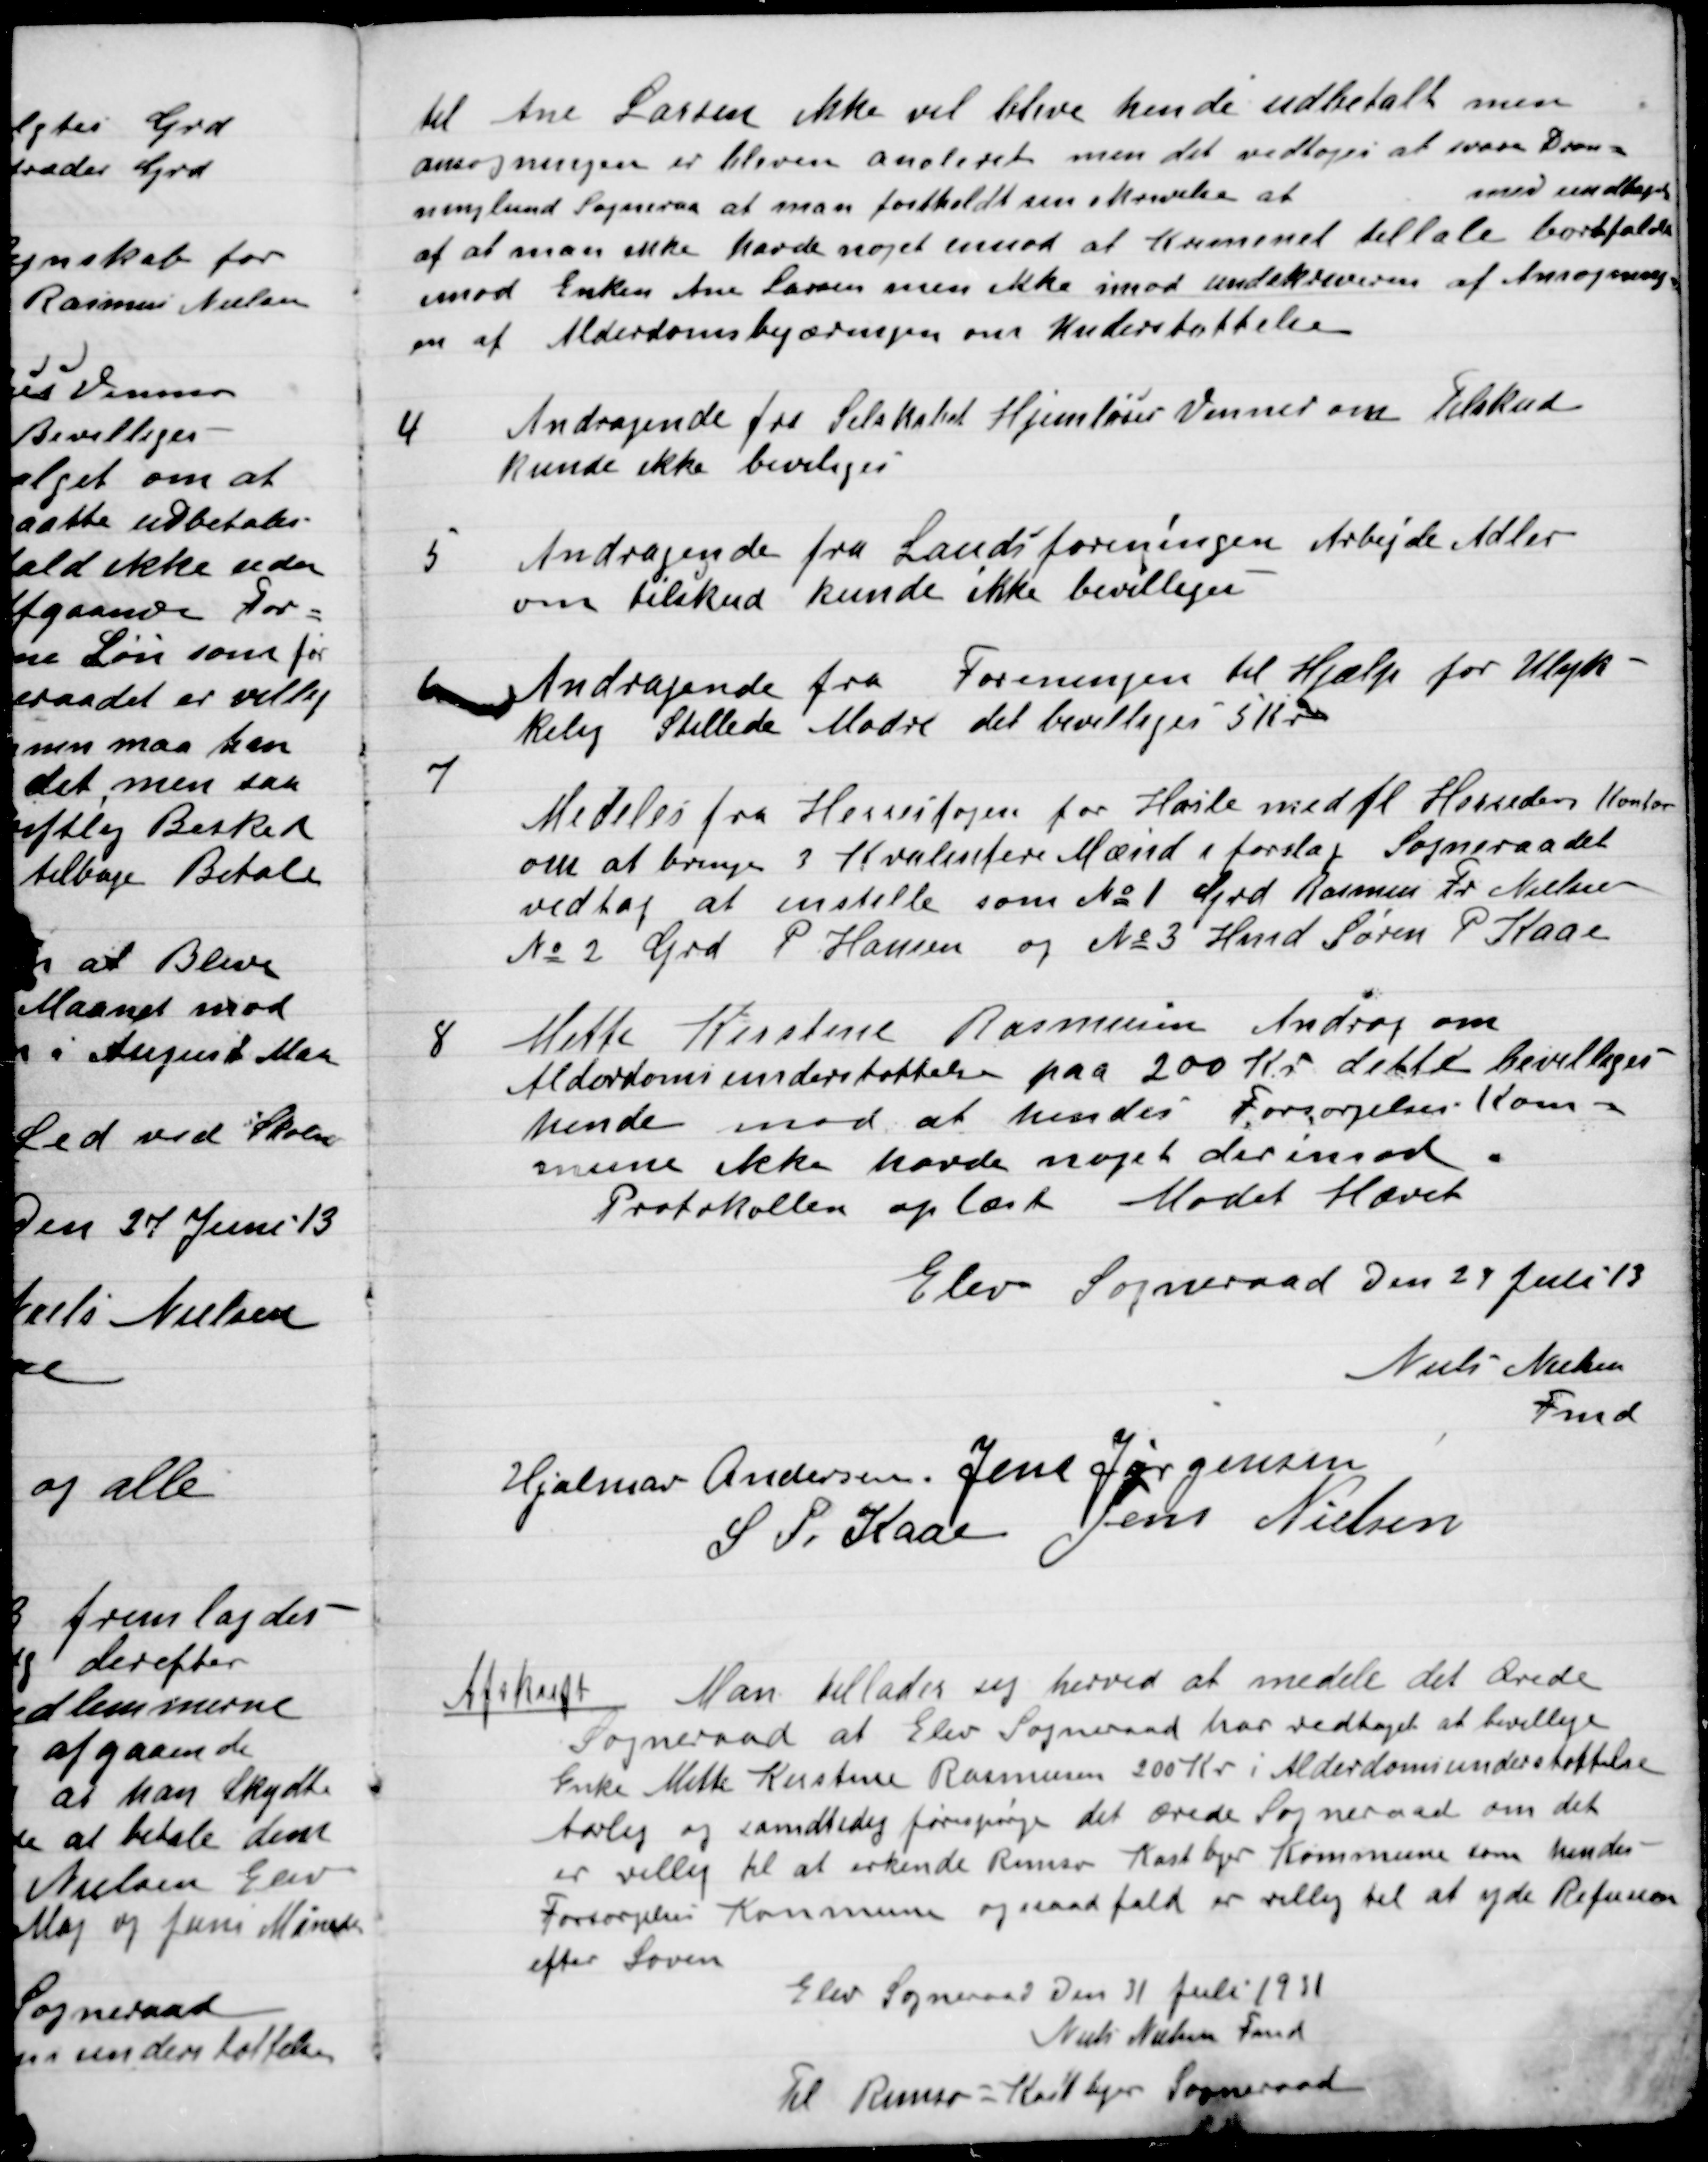
Transskription:
til Ane Larsen ikke vil blive hende udbetalt men
Ansøgningen er bleven annulleret men det vedtoges at svare Dron-
ninglund Sogneraad at man fastholdt sin skrivelse at med untagelse
af at man ikke havde noget imod at Kommunal tiltale bortfalder
imod Enken Ane Larsen, men ikke imod underskreven af Ansøgning-
en af Alderdomsbegæringen om Understøttelse

4.

Andragende fra Selskabet Hjemløses Venner om Tilskud
Kunde ikke bevilges.

5.

Andragende fra Landsforeningen Arbejdet Adler
om Tilskud Kunde ikke bevilges.

6.

Andragekde fra til Hjælp for Ulyk-
kelige stillede Møder det bevilliges 5 Kr.

7.

Medeles fra Herredsfogen for Hasle med fl. Herreders Kontor
om at bringe 3  Mænd i forslag Sogneraadet
vedtog at indstille som No. 1. Grd Rasmus Fr. Nielsen
No. 2. Grd. P. Hansen og No. 3. Hmd. Søren P. Kaas.

8.

Mette Kirstine Rasmussen Androg om
Alderdoms understøttelse paa 200 Kr. dette bevilliges
hende mod at hendes Forsørgelses kom-
mune ikke havde noget derimod.
Protokollen oplæst. Mødet Hævet.

Elev Sogneraad Den 29 juli 13

Niels Nielsen
Fmd.
Hjalmar Andersen
Jens Jørgensen
S. P. Kaas
Jens Nielsen

Afskrift:

man tillader sig herved at meddele det Ærede
Sogneraad at Elev Sogneraad har vedtaget at bevillige
Enke Mette Kirstine Rasmussen 200 Kr. i Alderdomsunderstøttelse
Aarlig og samtidig forespørge det ærede Sogneraad om det
er villig til at erkende Rimsø Kastbjerg Kommune som hendes
Forsørgelses Kommune og i saa fald er villig til at yde Refusion
efter Loven.
Elev Sogneraad Den 31 juli 1931
Niels Nielsen Fmd.
Til Rimsø Kastbjerg Sogneraad